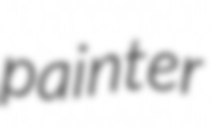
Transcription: painter